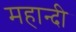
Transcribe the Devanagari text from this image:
महान्दी